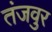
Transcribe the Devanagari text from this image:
तंजवुर